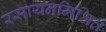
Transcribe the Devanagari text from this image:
रसायनमिश्रित